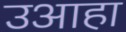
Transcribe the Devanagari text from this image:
उआहा